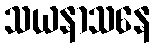
သယနာသနေ